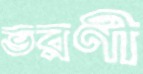
ভরণী